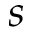
s